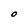
Character: O